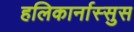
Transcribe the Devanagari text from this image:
हलिकार्नास्सुस